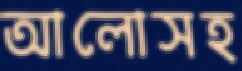
আলোসহ